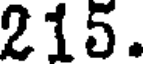
215.